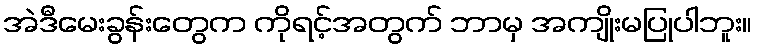
အဲဒီမေးခွန်းတွေက ကိုရင့်အတွက် ဘာမှ အကျိုးမပြုပါဘူး။